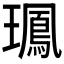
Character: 𤪧